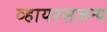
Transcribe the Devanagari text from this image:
व्हायरसजन्य